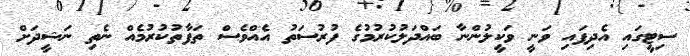
ސިޓީގައި އެދިފައި ވަނީ ވަކީލުންނާ ބައްދަލުކުރުމުގެ ފުރުސަތު އެއްވެސް ތަފާތުކުރުމެއް ނެތި ނަޝީދަށް